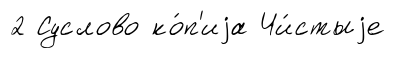
2 Суслово ко́п'иjа Чи́стыjе